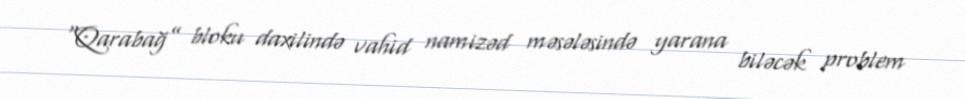
“Qarabağ” bloku daxilində vahid namizəd məsələsində yarana biləcək problem